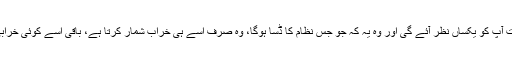
ہر جگہ ایک بات آپ کو یکساں نظر آئے گی اور وہ یہ کہ جو جس نظام کا ڈسا ہوگا، وہ صرف اُسے ہی خراب شمار کرتا ہے، باقی اُسے کوئی خرابی نظر نہیں آتی۔